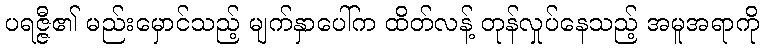
ပရဇ္ဇီ၏ မည်းမှောင်သည့် မျက်နှာပေါ်က ထိတ်လန့် တုန်လှုပ်နေသည့် အမူအရာကို